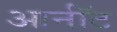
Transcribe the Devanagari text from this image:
आर्नॉट